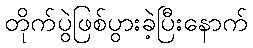
တိုက်ပွဲဖြစ်ပွားခဲ့ပြီးနောက်